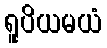
ရူပိယမယံ